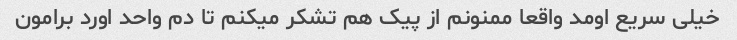
خیلی سریع اومد واقعا ممنونم از پیک هم تشکر میکنم تا دم واحد اورد برامون